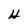
Character: H